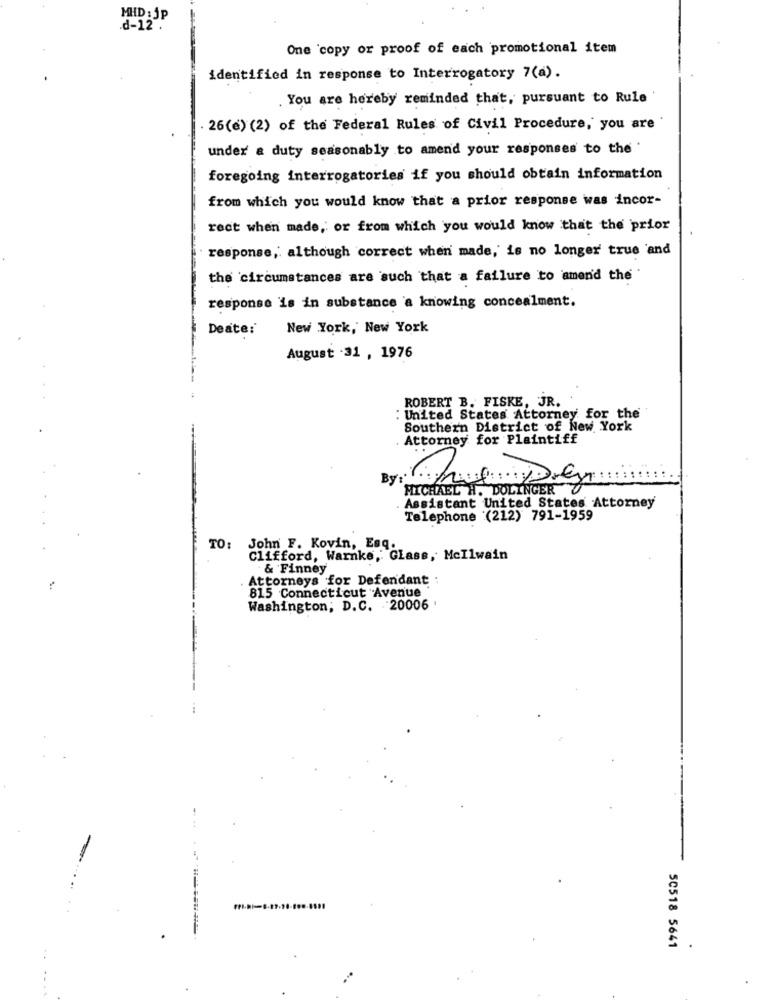
MHD : JP
d-12 .
One 'copy or proof of each promotional item
identified in response to Interrogatory 7(a).
You are hereby reminded that, pursuant to Rule
. 26(e) (2) of the Federal Rules of Civil Procedure, you are
under a duty seasonably to amend your responses to the'
foregoing interrogatories if you should obtain information
from which you would know that a prior response was incor-
rect when made, or from which you would know that the prior
response, although correct when made, is no longer true and
the circumstances are such that a failure to amen'd the .
response is in substance a knowing concealment.
Deate:
New York, New York
August 31 , 1976
ROBERT B. FISKE, JR.
: United States Attorney for the
Southern District of New York
Attorney for Plaintiff
MICHAEL H. DOLINGER
Assistant United States Attorney
Telephone (212) 791-1959
TO:
John F. Kovin, Esq.
Clifford, Warnke, Glass, MeIlwain
& Finney
Attorneys for Defendant :
815 Connecticut Avenue
Washington, D.C. 20006 '
50518 5641